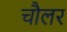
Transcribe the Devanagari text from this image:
चौलर